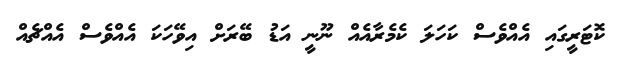
ކޮޓަރީގައި އެއްވެސް ކަހަލަ ކެމެރާއެއް ނޫނީ އަޑު ބޭރަށް އިވޭހަކަ އެއްވެސް އެއްޗެއް